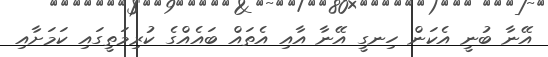
އޭނާ ބުނީ އެކަން ހިނގީ އޭނާ އާއި އެތައް ބައެއްގެ ކުރިމަތީގައި ކަމަށާއި